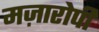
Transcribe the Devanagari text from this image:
मज़ारोपी